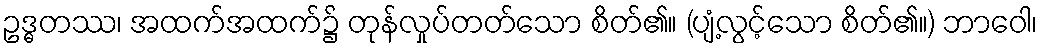
ဥဒ္ဓတဿ၊ အထက်အထက်၌ တုန်လှုပ်တတ်သော စိတ်၏။ (ပျံ့လွင့်သော စိတ်၏။) ဘာဝေါ၊